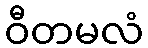
ဝီတမလံ